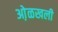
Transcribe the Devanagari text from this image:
ओ़ळखली